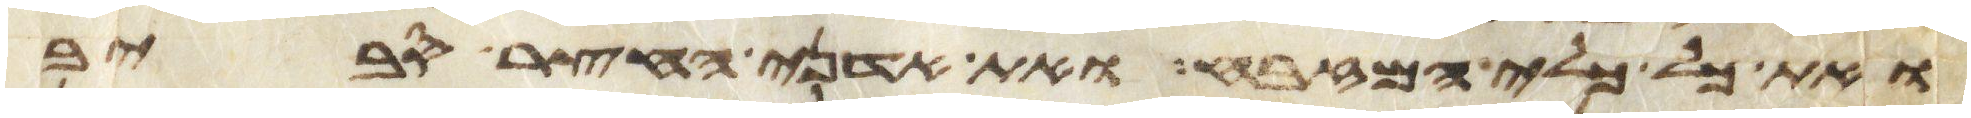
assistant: ואת כל כלי המזבח ואת אדני החצר סביב